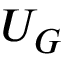
U _ { G }